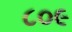
૮૦૯